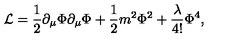
{ \cal L } = \frac { 1 } { 2 } \partial _ { \mu } \Phi \partial _ { \mu } \Phi + \frac { 1 } { 2 } m ^ { 2 } \Phi ^ { 2 } + \frac { \lambda } { 4 ! } \Phi ^ { 4 } ,